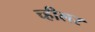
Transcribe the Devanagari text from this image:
च्हीलर